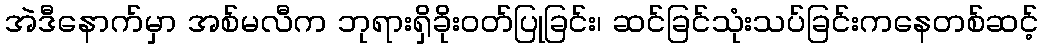
အဲဒီနောက်မှာ အစ်မလီက ဘုရားရှိခိုးဝတ်ပြုခြင်း၊ ဆင်ခြင်သုံးသပ်ခြင်းကနေတစ်ဆင့်